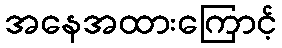
အနေအထားကြောင့်